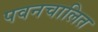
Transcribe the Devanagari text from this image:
पवनचालित